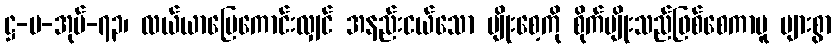
ဋ္ဌ-ပ-အုပ်-၇၃၊ လယ်ယာမြေကောင်းလျှင် အနည်းငယ်သော မျိုးစေ့ကို စိုက်ပျိုးသည်ဖြစ်စေကာမူ များစွာ